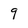
Character: 9